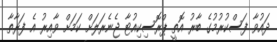
ދައުވާ ފަސްކުރުމުގެ ބާރު އޮތީ ޕްރޮސިކިއުޓާ ޖެނެރަލަށް ކަމަށް ވާއިރު އެ ފަރާތާ